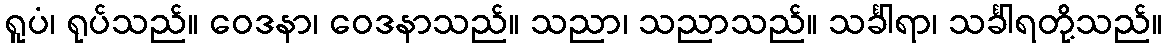
ရူပံ၊ ရုပ်သည်။ ဝေဒနာ၊ ဝေဒနာသည်။ သညာ၊ သညာသည်။ သင်္ခါရာ၊ သင်္ခါရတို့သည်။